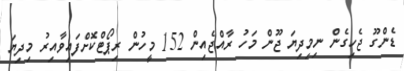
ޑެންގޫ ޖެހިގެން ނިމިދިޔަ ޖޫން މަހު ރާއްޖެއިން 152 މީހުން ރިޕޯޓްކޮށްފައިވާއިރު މިދިޔަ